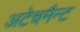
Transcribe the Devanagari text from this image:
अटेचमैन्ट